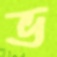
ভ